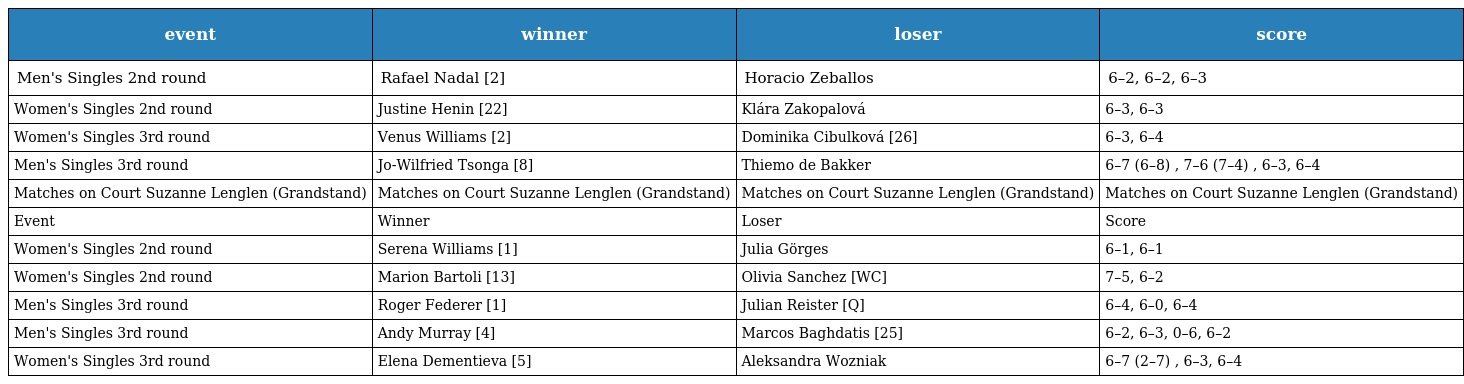
| event | winner | loser | score |
 | --- | --- | --- | --- |
 | Men's Singles 2nd round | Rafael Nadal [2] | Horacio Zeballos | 6–2, 6–2, 6–3 |
 | Women's Singles 2nd round | Justine Henin [22] | Klára Zakopalová | 6–3, 6–3 |
 | Women's Singles 3rd round | Venus Williams [2] | Dominika Cibulková [26] | 6–3, 6–4 |
 | Men's Singles 3rd round | Jo-Wilfried Tsonga [8] | Thiemo de Bakker | 6–7 (6–8) , 7–6 (7–4) , 6–3, 6–4 |
 | Matches on Court Suzanne Lenglen (Grandstand) | Matches on Court Suzanne Lenglen (Grandstand) | Matches on Court Suzanne Lenglen (Grandstand) | Matches on Court Suzanne Lenglen (Grandstand) |
 | Event | Winner | Loser | Score |
 | Women's Singles 2nd round | Serena Williams [1] | Julia Görges | 6–1, 6–1 |
 | Women's Singles 2nd round | Marion Bartoli [13] | Olivia Sanchez [WC] | 7–5, 6–2 |
 | Men's Singles 3rd round | Roger Federer [1] | Julian Reister [Q] | 6–4, 6–0, 6–4 |
 | Men's Singles 3rd round | Andy Murray [4] | Marcos Baghdatis [25] | 6–2, 6–3, 0–6, 6–2 |
 | Women's Singles 3rd round | Elena Dementieva [5] | Aleksandra Wozniak | 6–7 (2–7) , 6–3, 6–4 |